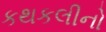
કથકલીનો